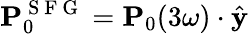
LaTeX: \mathbf{P}_{0}^{\mathrm{~S~F~G~}}=\mathbf{P}_{0}(3\omega)\cdot\hat{\mathbf{y}}